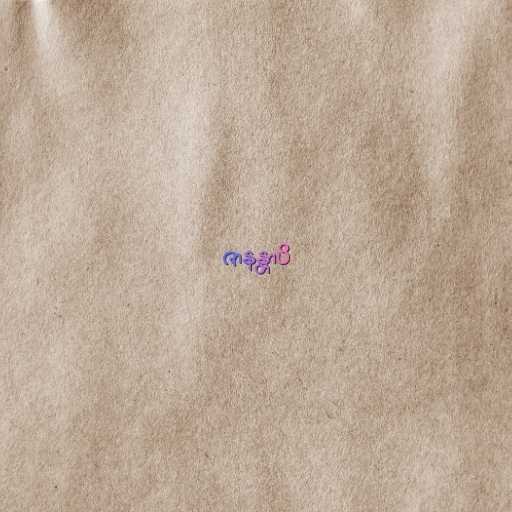
ဇာနန္တာပိ